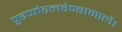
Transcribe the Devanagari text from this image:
पुरप्पोरलवेण्बामालै।